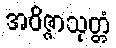
အဝိဇ္ဇာသုတ္တံ